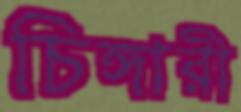
চিঙ্গারী